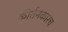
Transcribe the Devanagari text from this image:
कीर्तनकारच